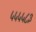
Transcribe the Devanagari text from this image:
५५५५८३